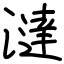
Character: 澾